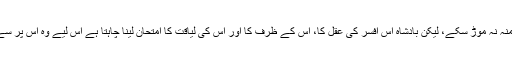
اگر بادشاہ چاہے تو اس کو پوری طرح مجبور کرسکتا ہے کہ اس کے حکم سے بال برابر منہ نہ موڑ سکے، لیکن بادشاہ اس افسر کی عقل کا، اس کے ظرف کا اور اس کی لیاقت کا امتحان لینا چاہتا ہے اس لیے وہ اس پر سے اپنی گرفت اتنی ڈھیلی کردیتا ہے کہ اسے اپنے اوپر کوئی بالاتر اقتدار محسوس نہیں ہوتا۔